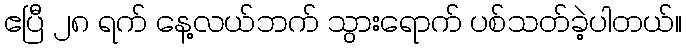
ဧပြီ ၂၈ ရက် နေ့လယ်ဘက် သွားရောက် ပစ်သတ်ခဲ့ပါတယ်။